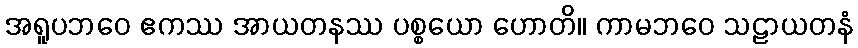
အရူပဘဝေ ဧကဿ အာယတနဿ ပစ္စယော ဟောတိ။ ကာမဘဝေ သဠာယတနံ